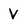
Character: V